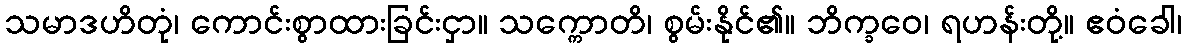
သမာဒဟိတုံ၊ ကောင်းစွာထားခြင်းငှာ။ သက္ကောတိ၊ စွမ်းနိုင်၏။ ဘိက္ခဝေ၊ ရဟန်းတို့။ ဧဝံခေါ၊